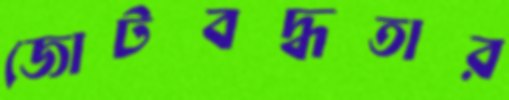
জোটবদ্ধতার